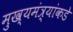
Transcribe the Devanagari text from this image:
मुख्यमंत्र्यांकडे